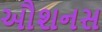
ઔશનસ